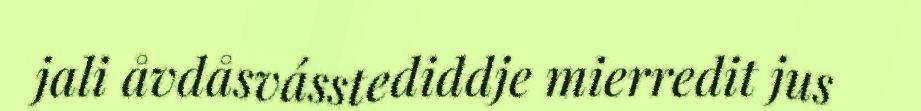
jali åvdåsvásstediddje mierredit jus